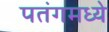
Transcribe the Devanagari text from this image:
पतंगमध्ये